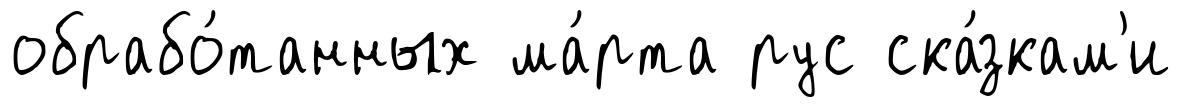
обрабо́танных ма́рта рус ска́зкам'и